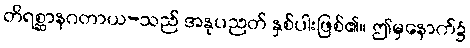
တိရစ္ဆာနဂတာယ-သည် အနုပညတ် နှစ်ပါးဖြစ်၏။ ဤမှနောက်၌